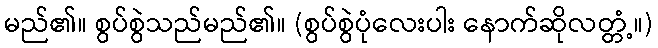
မည်၏။ စွပ်စွဲသည်မည်၏။ (စွပ်စွဲပုံလေးပါး နောက်ဆိုလတ္တံ့။)